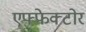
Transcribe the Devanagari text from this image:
एफ्फेक्टोर